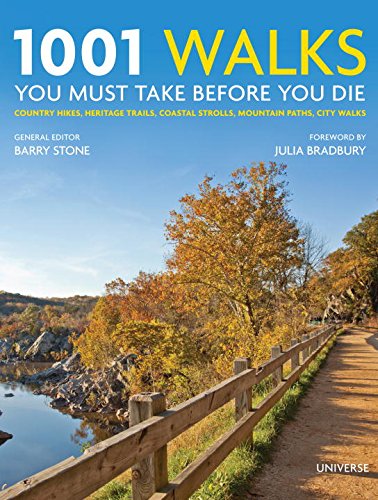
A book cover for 1001 Walks You Must Take Before You Die: Country Hikes, Heritage Trails, Coastal Strolls, Mountain Paths, City Walks; Health, Fitness & Dieting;